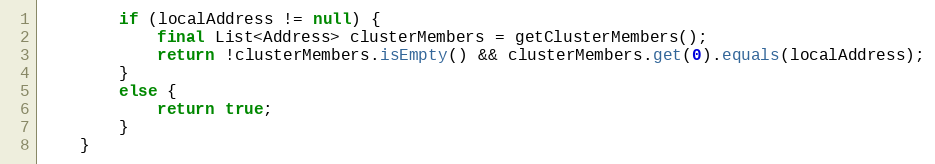
Language: Java
		if (localAddress != null) {
			final List<Address> clusterMembers = getClusterMembers();
			return !clusterMembers.isEmpty() && clusterMembers.get(0).equals(localAddress);
		}
		else {
			return true;
		}
	}